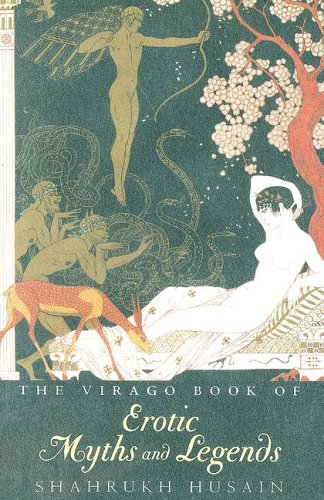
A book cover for The Virago Book of Erotic Myths and Legends; Shahrukh Husain; Romance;